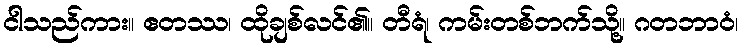
ငါသည်ကား။ ဧတဿ၊ ထိုချစ်လင်၏။ တီရံ၊ ကမ်းတစ်ဘက်သို့။ ဂတဘာဝံ၊